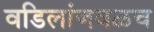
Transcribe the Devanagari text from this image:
वडिलांजवळच